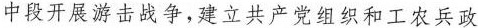
中段开展游击战争，建立共产党组织和工农兵政